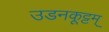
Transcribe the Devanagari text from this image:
उडनकूट्टम्